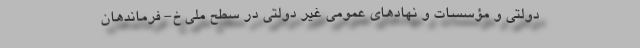
دولتی و مؤسسات و نهاد‌های عمومی غیر دولتی در سطح ملی خ- فرماندهان